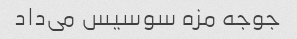
جوجه مزه سوسیس می‌داد